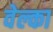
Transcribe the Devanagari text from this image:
वेल्का